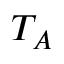
T _ { A }